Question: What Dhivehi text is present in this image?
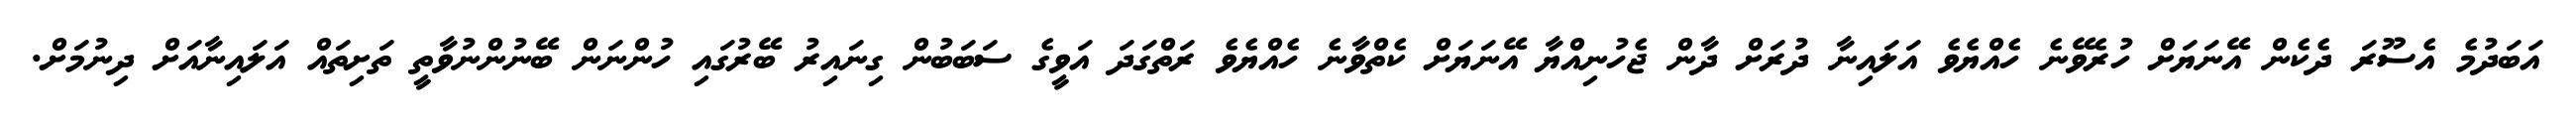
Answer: އަބަދުމެ އެސޫރަ ދެކެން އޭނަޔަށް ހުރެވޭނެ ހެއްޔެވެ އަލައިނާ ދުރަށް ދާން ޖެހުނިއްޔާ އޭނަޔަށް ކެތްވާނެ ހެއްޔެވެ ރަތްގަދަ އަވީގެ ސަބަބުން ގިނައިރު ބޭރުގައި ހުންނަން ބޭނުންނުވާތީ ތަށިތައް އަލައިނާއަށް ދިނުމަށް.